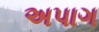
અપાગ